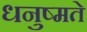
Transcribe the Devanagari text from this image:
धनुष्मते